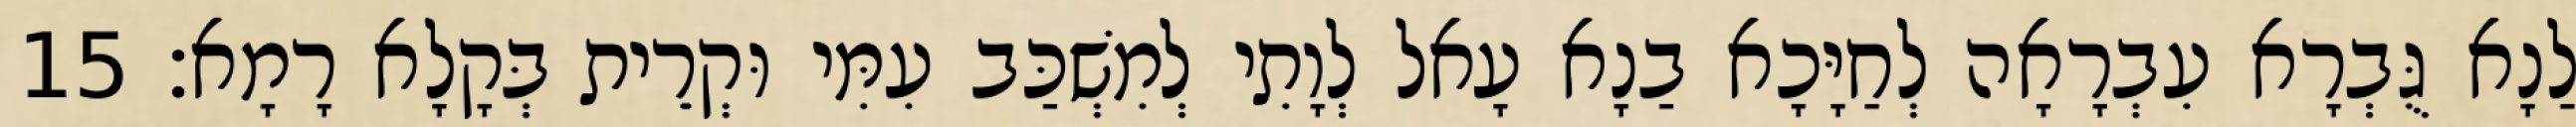
לַנָא גֻּבְרָא עִבְרָאָה לְחַיָּכָא בַנָא עָאל לְוָתִי לְמִשְׁכַּב עִמִּי וּקְרֵית בְּקָלָא רָמָא׃ 15